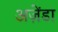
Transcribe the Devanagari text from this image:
अज़ेंडा